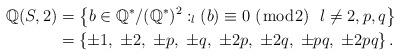
LaTeX: \begin{align*}\mathbb{Q}(S,2)&=\left\{b\in\mathbb{Q}^*/(\mathbb{Q}^*)^2 :_l(b)\equiv 0 ~(\bmod {2}) ~ ~ l\neq 2, p,q\right\}\\&=\left\{\pm 1,\; \pm 2, \;\pm p, \;\pm q, \;\pm 2p, \;\pm 2q, \;\pm pq, \;\pm 2pq \right\}.\end{align*}